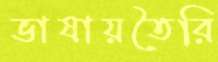
ভাষায়তৈরি